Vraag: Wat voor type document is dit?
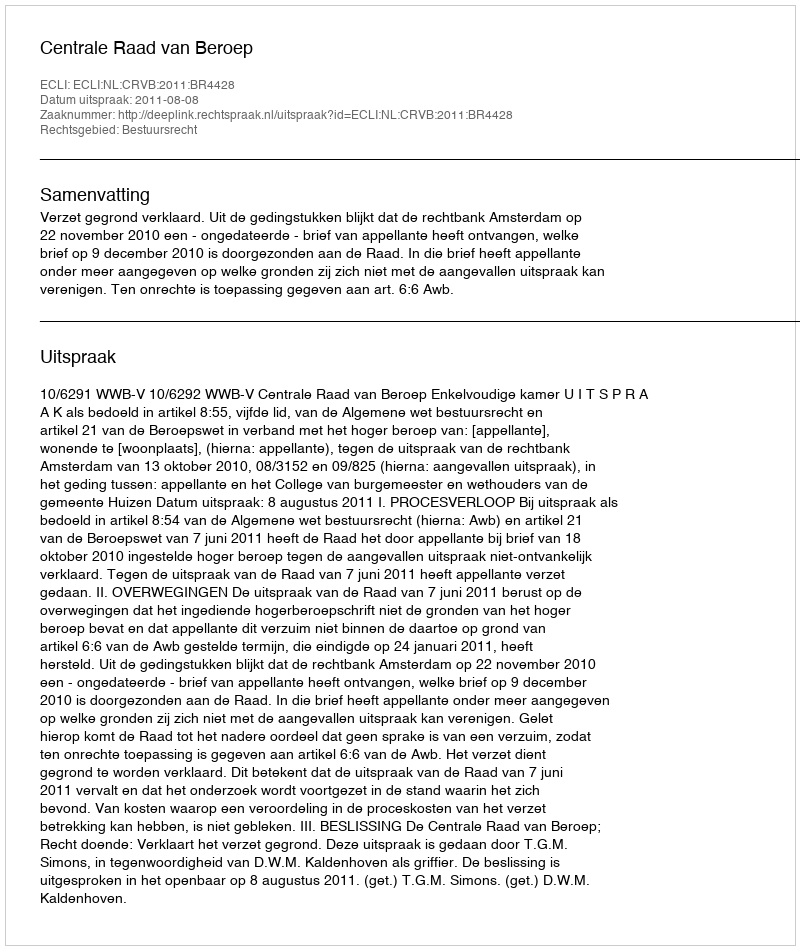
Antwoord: Uitspraak